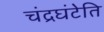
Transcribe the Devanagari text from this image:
चंद्रघंटेति